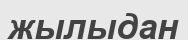
жылыдан